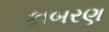
કાબરણ